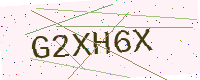
Text: G2XH6X